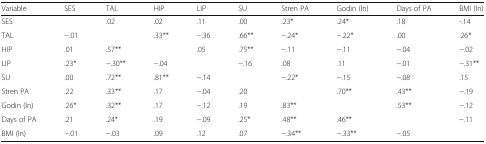
<table><thead><tr><td><b>Variable</b></td><td><b>SES</b></td><td><b>TAL</b></td><td><b>HIP</b></td><td><b>LIP</b></td><td><b>SU</b></td><td><b>Stren PA</b></td><td><b>Godin (ln)</b></td><td><b>Days of PA</b></td><td><b>BMI (ln)</b></td></tr></thead><tbody><tr><td>SES</td><td></td><td>.02</td><td>.02</td><td>.11</td><td>.00</td><td>.23*</td><td>.24*</td><td>.18</td><td>-.14</td></tr><tr><td>TAL</td><td>−.01</td><td></td><td>.33**</td><td>−.36</td><td>.66**</td><td>−.24*</td><td>−.22*</td><td>.00</td><td>.26*</td></tr><tr><td>HIP</td><td>.01</td><td>.57**</td><td></td><td>.05</td><td>.75**</td><td>−.11</td><td>−.11</td><td>−.04</td><td>−.02</td></tr><tr><td>LIP</td><td>.23*</td><td>−.30**</td><td>−.04</td><td></td><td>−.16</td><td>.08</td><td>.11</td><td>−.01</td><td>−.31**</td></tr><tr><td>SU</td><td>.00</td><td>.72**</td><td>.81**</td><td>−.14</td><td></td><td>−.22*</td><td>−.15</td><td>−.08</td><td>.15</td></tr><tr><td>Stren PA</td><td>.22</td><td>.33**</td><td>.17</td><td>−.04</td><td>.20</td><td></td><td>.70**</td><td>.43**</td><td>−.19</td></tr><tr><td>Godin (ln)</td><td>.26*</td><td>.32**</td><td>.17</td><td>−.12</td><td>.19</td><td>.83**</td><td></td><td>.53**</td><td>−.12</td></tr><tr><td>Days of PA</td><td>.21</td><td>.24*</td><td>.19</td><td>−.09</td><td>.25*</td><td>.48**</td><td>.46**</td><td></td><td>−.11</td></tr><tr><td>BMI (ln)</td><td>−.01</td><td>−.03</td><td>.09</td><td>.12</td><td>.07</td><td>−.34**</td><td>−.33**</td><td>−.05</td><td></td></tr></tbody></table>